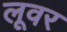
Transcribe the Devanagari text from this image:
लूवर